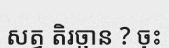
សត្វ តិរច្ឆាន ? ចុះ